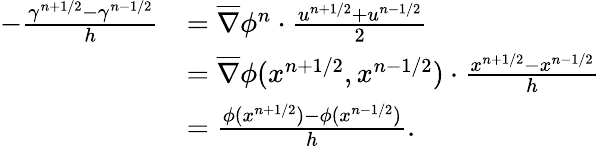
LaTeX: \begin{array}{rl}{-\frac{\gamma^{n+1/2}-\gamma^{n-1/2}}{h}}&{=\overline{{\nabla}}\phi^{n}\cdot\frac{u^{n+1/2}+u^{n-1/2}}{2}}\\ &{=\overline{{\nabla}}\phi(x^{n+1/2},x^{n-1/2})\cdot\frac{x^{n+1/2}-x^{n-1/2}}{h}}\\ &{=\frac{\phi(x^{n+1/2})-\phi(x^{n-1/2})}{h}.}\end{array}